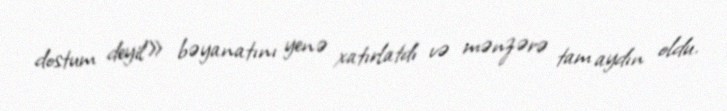
dostum deyil» bəyanatını yenə xatırlatdı və mənzərə tam aydın oldu.